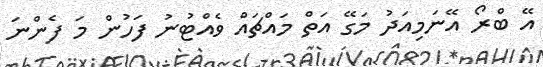
އޭ ބްރޯ އޭނަމިއަދު މަގޭ އަތް މައްޗައް ވެއްޓުނު ފަހުން މަ ފެންނަ